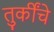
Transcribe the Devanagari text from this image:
तुर्कींचे